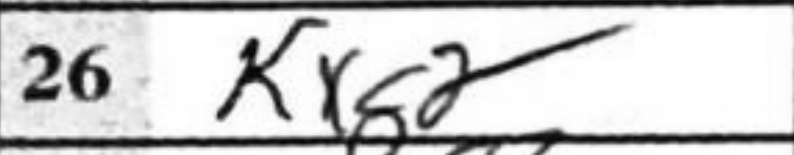
Transcription: Kxg2